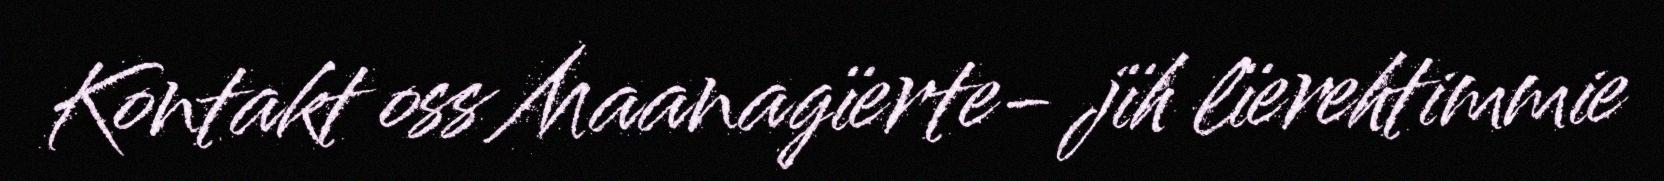
Kontakt oss Maanagïerte- jïh lïerehtimmie